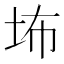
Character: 㘵